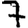
Digit: 7